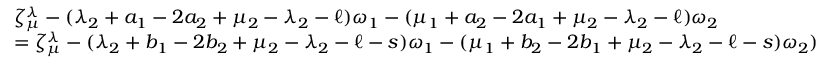
\begin{array} { l } { \zeta _ { \mu } ^ { \lambda } - ( \lambda _ { 2 } + a _ { 1 } - 2 a _ { 2 } + \mu _ { 2 } - \lambda _ { 2 } - \ell ) \omega _ { 1 } - ( \mu _ { 1 } + a _ { 2 } - 2 a _ { 1 } + \mu _ { 2 } - \lambda _ { 2 } - \ell ) \omega _ { 2 } } \\ { = \zeta _ { \mu } ^ { \lambda } - ( \lambda _ { 2 } + b _ { 1 } - 2 b _ { 2 } + \mu _ { 2 } - \lambda _ { 2 } - \ell - s ) \omega _ { 1 } - ( \mu _ { 1 } + b _ { 2 } - 2 b _ { 1 } + \mu _ { 2 } - \lambda _ { 2 } - \ell - s ) \omega _ { 2 } ) } \end{array}